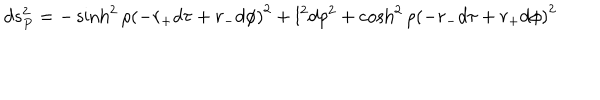
d s _ { P } ^ { 2 } = - \sinh ^ { 2 } \rho \left( - r _ { + } d \tau + r _ { - } d \phi \right) ^ { 2 } + l ^ { 2 } d \rho ^ { 2 } + \cosh ^ { 2 } \rho \left( - r _ { - } d \tau + r _ { + } d \phi \right) ^ { 2 }